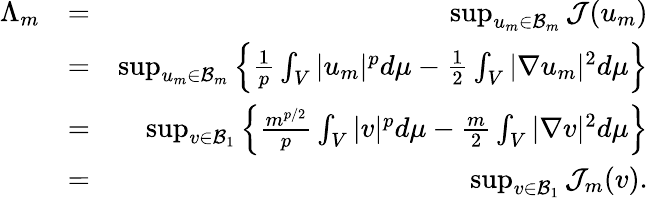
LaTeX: \begin{array}{rlr}{\Lambda_{m}}&{=}&{\operatorname*{sup}_{u_{m}\in\mathcal{B}_{m}}\mathcal{J}(u_{m})}\\ &{=}&{\operatorname*{sup}_{u_{m}\in\mathcal{B}_{m}}\left\{ \frac{1}{p}\int_{V}|u_{m}|^{p}d\mu-\frac{1}{2}\int_{V}|\nabla u_{m}|^{2}d\mu\right\} }\\ &{=}&{\operatorname*{sup}_{v\in\mathcal{B}_{1}}\left\{ \frac{m^{p/2}}{p}\int_{V}|v|^{p}d\mu-\frac{m}{2}\int_{V}|\nabla v|^{2}d\mu\right\} }\\ &{=}&{\operatorname*{sup}_{v\in\mathcal{B}_{1}}\mathcal{J}_{m}(v).}\end{array}